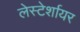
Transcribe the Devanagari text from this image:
लेस्टेर्शायर